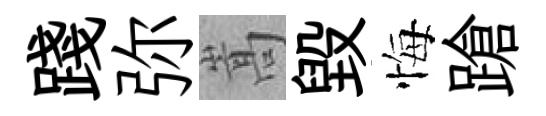
踐弥嵩毁悔蹌